Indian journal of veterinary science and animal husbandry - Volume 14,
Year: 1944
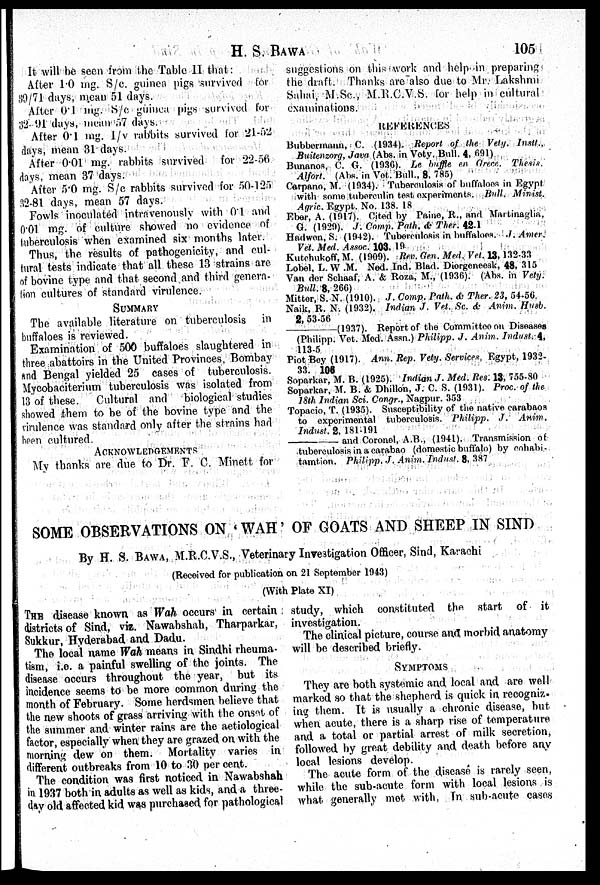
H.
S.
BAWA
105
It will be seen from the Table II that:
After 1.0 mg. S/c. guinea pigs survived for
89/71 days, mean 51 days.
After 0.1 mg. S/c guinea pigs survived for
32 91 days, mean 57 days.
After 0.1 mg. I/v rabbits survived for 21-52
days, mean 31 days.
After 0.01 mg. rabbits survived for 22-56
days, mean 87 days.
After 5.0 mg. S/c rabbits survived for 50-125
32-81 days, mean 57 days.
Fowls inoculated intravenously with 0.1 and
0.01 mg. of culture showed no evidence of
tuberculosis when examined six months later.
Thus, the results of pathogenicity, and cul-
tural tests indicate that all these 13 strains are
of bovine type and that second and third genera-
tion cultures of standard virulence.
SUMMARY
The available literature on tuberculosis in
buffaloes is reviewed.
Examination of 500 buffaloes slaughtered in
three abattoirs in the United Provinces, Bombay
and Bengal yielded 25 cases of tuberculosis.
Mycobacterium tuberculosis was isolated from
13 of these. Cultural and biological studies
showed them to be of the bovine type and the
virulence was standard only after the strains had
been cultured.
ACKNOWLEDGEMENTS
My thanks are due to Dr. F. C. Minett for
suggestions on this work and help in preparing
the draft. Thanks are also due to Mr. Lakshmi
Sahai, M.Sc., M.R.C.V.S. for help in cultural
examinations.
REFERENCES
Bubbermann, C. (1934). Report of the Vety. Instt.,
Buitenzorg, Java (Abs. n Vety. Bull. 4, 691)
Bunanos, C. G. (1936). Le buffle en Grece. Thesis.
Alfort. (Abs. in Vet. Bull., 8, 785)
Carpano, M. (1934). Tuberculosis of buffaloes in Egypt
with some tuberculin test experiments. Bull. Minist.
Agric. Egypt. No. 138. 18
Eber, A. (1917). Cited by Paine, R., and Martinaglia,
G. (1929). J. Comp. Path. & Ther. 42.1
Hadwen, S. (1942). Tuberculosis in buffaloes, J. Amer.
Vet. Med. Assoc. 103, 19
Kutehukoff, M. (1909). Rev. Gen. Med. Vet. 13, 132-33
Lobel, L. W .M. Ned. Ind. Blad. Diergeneesk, 48, 315
Van der Schaaf, A. & Roza, M., (1936). (Abs. in Vety.
Bull. 8, 266)
Mitter, S. N. (1910). J. Comp. Path. & Ther. 23, 54-56
Naik, R. N. (1932). Indian J. Vet. Sc. & Anim. Husb.
2, 53-56
-(1937).
Report of the Committee on Diseases
(Philipp. Vet. Med. Assn.) Philipp. J. Anim. Indust. 4,
113-5
Piot Bey (1917). Ann. Rep. Vety. Services, Egypt, 1932-
33. 106
Soparkar, M. B. (1925). Indian J. Med. Res. 13, 755-80
Soparkar, M. B. & Dhillon, J. C. S. (1931). Proc., of the
18th Indian Sci. Congr., Nagpur. 353
Topacio, T. (1935). Susceptibility of the native carabaos
to experimental tuberculosis. Philipp. J.
Anim.
Indust. 2, 181-191
—and
Coronel, A.B., (1941). Transmission of
tuberculosis in a carabao (domestic buffalo) by cohabi-
tamtion. Philipp. J. Anim. Indust. 8, 387
SOME OBSERVATIONS ON 'WAH' OF GOATS AND SHEEP IN SIND
By H. S. BAWA, M.R.C.V.S., Veterinary Investigation Officer, Sind, Karachi
(Received for publication on 21 September 1943)
(With Plate XI)
THE disease known as Wah occurs in certain
districts of Sind, viz. Nawabshah, Tharparkar,
Sukkur, Hyderabad and Dadu.
The local name Wah means in Sindhi rheuma-
tism, i.e. a painful swelling of the joints. The
disease occurs throughout the year, but its
incidence seems to be more common during the
month of February. Some herdsmen believe that
the new shoots of grass arriving with the onset of
the summer and winter rains are the aetiological
factor, especially when they are grazed on with the
morning dew on them. Mortality varies in
different outbreaks from 10 to 30 per cent.
The condition was first noticed in Nawabshah
in 1937 both in adults as well as kids, and a three-
day old affected kid was purchased for pathological
study, which constituted the start of it
investigation.
The clinical picture, course and morbid anatomy
will be described briefly.
SYMPTOMS
They are both systemic and local and are well
marked so that the shepherd is quick in recogniz-
ing them. It is usually a chronic disease, but
when acute, there is a sharp rise of temperature
and a total or partial arrest of milk secretion,
followed by great debility and death before any
local lesions develop.
The acute form of the disease is rarely seen,
while the sub-acute form with local lesions is
what generally met with. In sub-acute cases